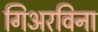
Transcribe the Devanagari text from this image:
गिअरविना